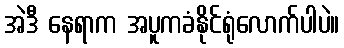
အဲဒီ နေရာက အပူကခံနိုင်ရုံလောက်ပါပဲ။